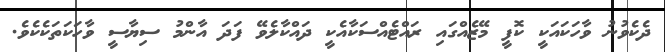
ދެކެވުނު ވާހަކައަކީ ކޮފީ މޭޒެއްގައި ރައްޓެއްސަކާއެކީ ދައްކާލެވޭ ފަދަ އާންމު ސިޔާސީ ވާހަކަތަކެކެވެ.